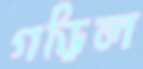
গড়িল